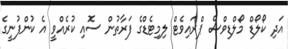
އަދި ކޯލޯޑް މޯލްޑިވްސް ޕްރައިވެޓް ލިމިޓެޑްގެ ފަރާތުން ސޮއި ކުރެއްވީ އެ ކުންފުނީގެ